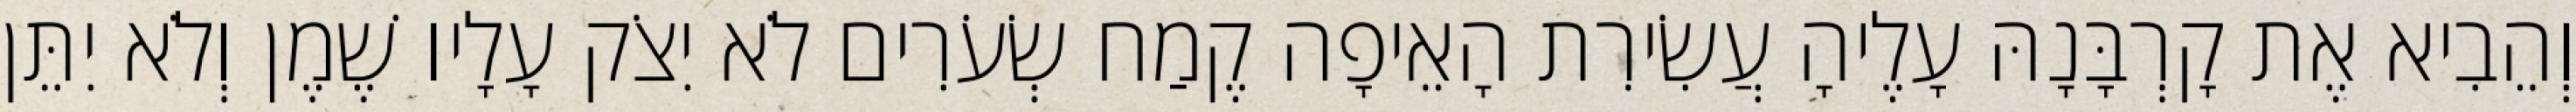
וְהֵבִיא אֶת קָרְבָּנָהּ עָלֶיהָ עֲשִׂירִת הָאֵיפָה קֶמַח שְׂעֹרִים לֹא יִצֹק עָלָיו שֶׁמֶן וְלֹא יִתֵּן